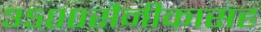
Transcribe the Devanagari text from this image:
३५००सैनीकासह